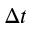
\Delta t